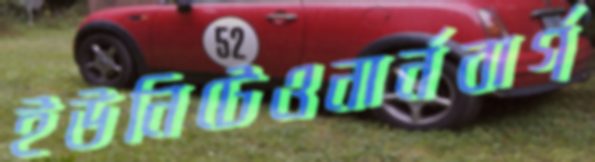
ইউনিটেওনার্নবার্গ